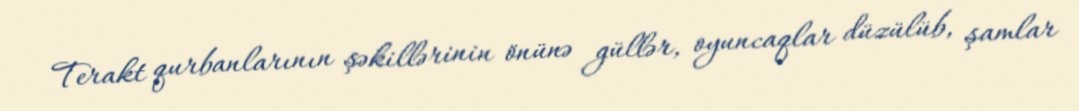
Terakt qurbanlarının şəkillərinin önünə güllər, oyuncaqlar düzülüb, şamlar